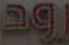
رود